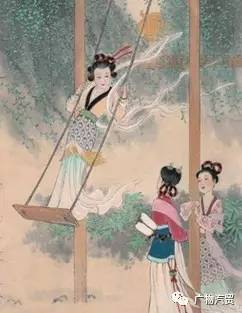
满街杨柳绿丝烟，画出清明二月天。